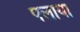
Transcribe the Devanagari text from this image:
पलाया